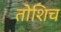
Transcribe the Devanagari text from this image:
तोशिच